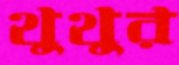
থুথুর